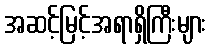
အဆင့်မြင့်အရာရှိကြီးများ